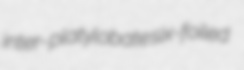
inter- platylobate six-foiled